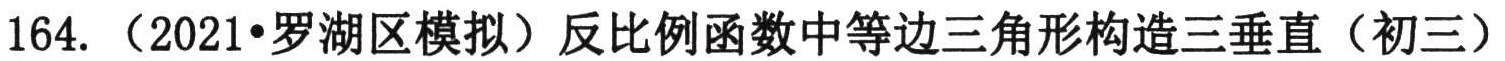
164. （2021•罗湖区模拟）反比例函数中等边三角形构造三垂直（初三）